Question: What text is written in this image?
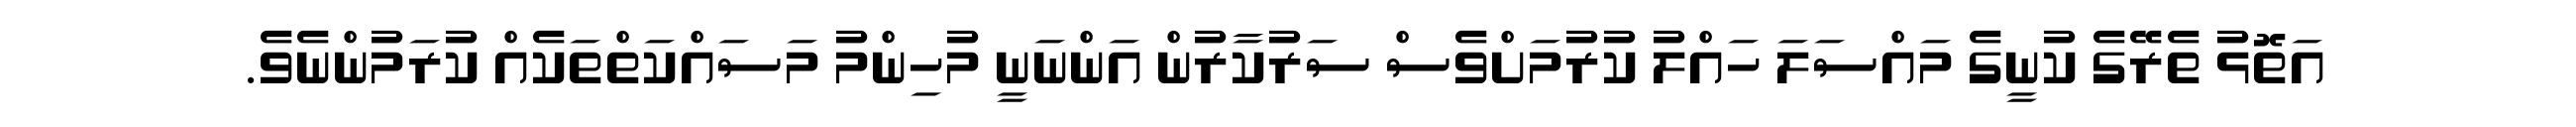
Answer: އަތޮޅު ތެރޭގެ ކުނީގެ މައްސަލަ ހައްލު ކުރުމަށްވެސް ސަރުކާރުން އަންނަނީ މުހިންމު މަސައްކަތްތަކެއް ކުރަމުންނެވެ.